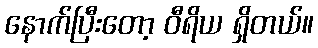
နောက်ပြီးတော့ ဝီရိယ ရှိတယ်။